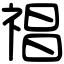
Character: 𥚕